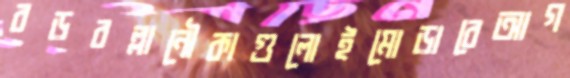
বড়বল্লানৌকাগুলোইমোড়াবেআগ